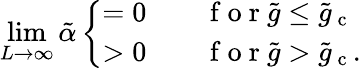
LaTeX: \operatorname*{lim}_{L\to\infty}\tilde{\alpha}\left\{ \begin{array}{ll}{=0\qquad\mathrm{~f~o~r~}\tilde{g}\leq\tilde{g}_{\mathrm{~c~}}}\\ {>0\qquad\mathrm{~f~o~r~}\tilde{g}>\tilde{g}_{\mathrm{~c~}}.}\end{array}\right.